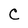
Character: C